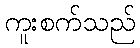
ကူးစက်သည်